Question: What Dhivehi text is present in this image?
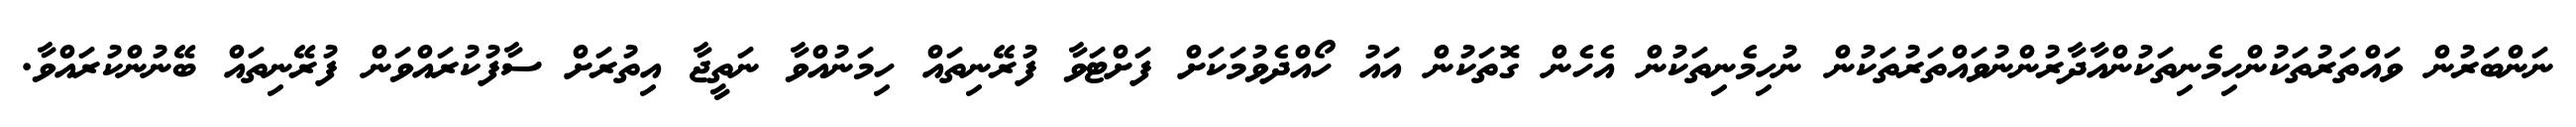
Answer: ނަންބަރުން ވައްތަރުތަކުންހިމެނިތަކުންއާދާރުންނުވައްތަރުތަކުން ނުހިމެނިތަކުން އެހެން ގޮތަކުން އައު ހޯއްދެވުމަކަށް ފަށްޓަވާ ފުރޭނިތައް ހިމަނުއްވާ ނަތީޖާ އިތުރަށް ސާފުކުރައްވަން ފުރޭނިތައް ބޭނުންކުރައްވާ.